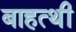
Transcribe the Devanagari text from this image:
बाहत्थी